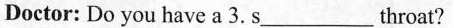
Doctor: Do you have a 3.s___ throat?